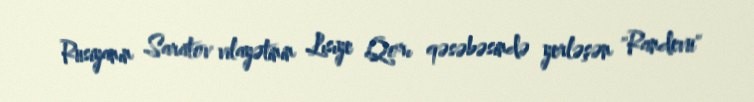
Rusiyanın Saratov vilayətinin Lısıye Qorı qəsəbəsində yerləşən "Randevu"